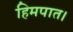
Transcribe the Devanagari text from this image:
हिमपात।